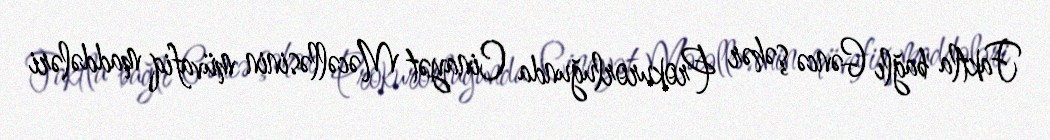
Faktla bağlı Gəncə şəhər Prokurorluğunda Cinayət Məcəlləsinin müvafiq maddələri